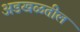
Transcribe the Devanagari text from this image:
अडखळतील